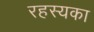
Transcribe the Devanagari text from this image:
रहस्यका